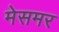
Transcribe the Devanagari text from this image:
मेसमर